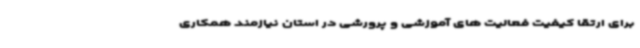
برای ارتقا کیفیت فعالیت های آموزشی و پرورشی در استان نیازمند همکاری